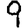
Digit: 9